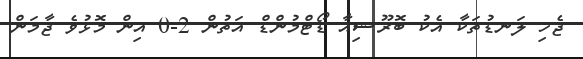
ޖެހި ލަނޑުތަކާ އެކު ބޮރޫޝިއާ ޑޯޓްމުންޑް އަތުން 2-0 އިން މޮޅުވެ ޖާމަން